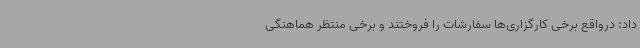
داد: درواقع برخی کارگزاری‌ها سفارشات را فروختند و برخی منتظر هماهنگی